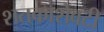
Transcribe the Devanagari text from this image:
शतकाशेवटी